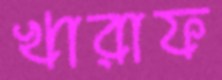
খারাফ